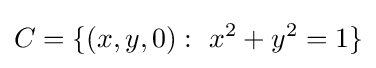
C=\{(x,y,0):\ x^{2}+y^{2}=1\}